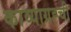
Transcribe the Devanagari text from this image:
काव्याग्रह्ची